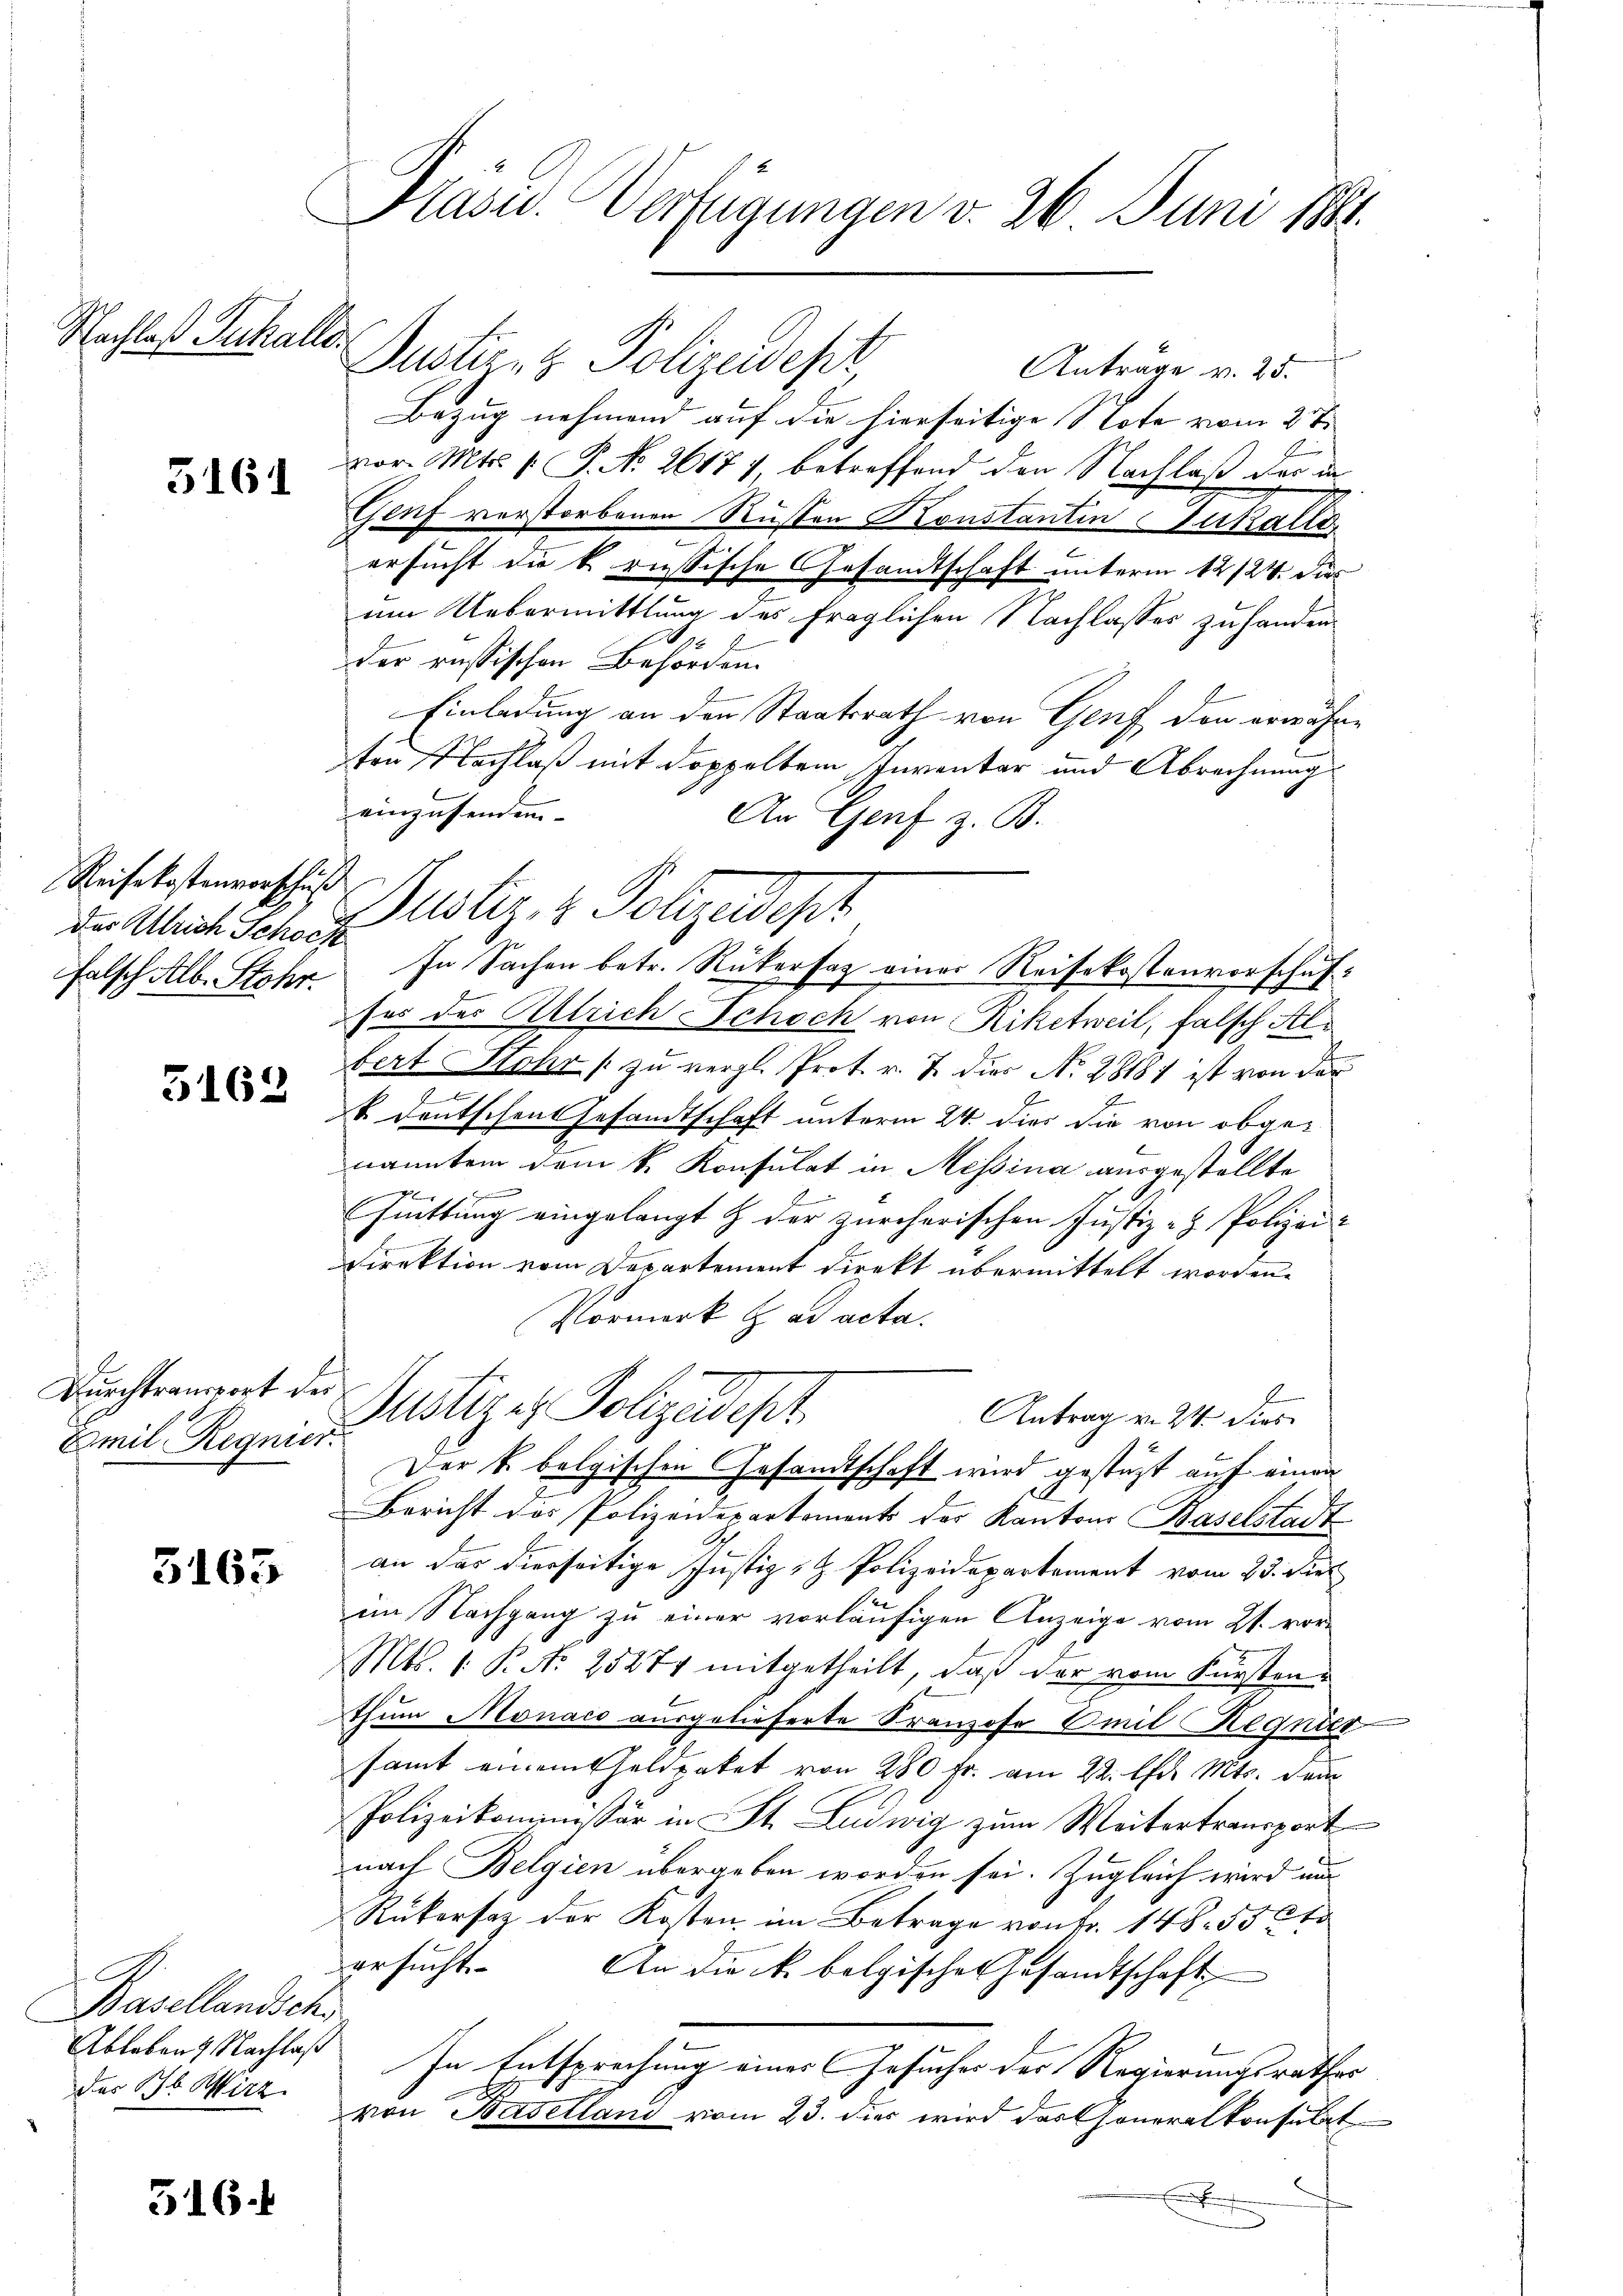
Nachlaß Juchalle

5161

Reisekostenvorschuß
Das Ulrich Schock
falsch Alb. Stehr.

3163

Durchtransport der
Emil Regnier.

3165

Basellandsch
Ableben. Nachlaß
des Jb. Wirz

516.

Präsid. Verfügungen v. 26. Juni 181.

Oustern Polizeidepr
Bezug nehmend auf die hierseitige Note vom 2ten
por. Mts. 1. P. No. 26177, betreffend den Nachlaß der in
Genf verstorbenen Rüsten Konstantin Zufalls
ersucht die k. russische Gesandtschaft unterm 12/24. dies
um Uebermittlung des fraglichen Nachlasses zuhanden.
x
der russischen Behörden.
Einladung an den Staatsrath von Genf den erwähne
ten Nachlaß mit doppeltem Inventar und Abrechnung
einzusenden.
An Genf z. B.
ses des Alleich Schoch von Riketweil, falsch Albert Stehr zu vergl. Prot. v. 7. dies No 28181 ist von der
k. Deutschen Gesandtschaft unterm 24. dies die von obgenannten dem k. Konsulat in Messina ausgestellte
f
huittung eingelangt & der zürcherischen Justiz- & Polizei-
Direktion vom Departement direkt übermittelt worden.
Vormerk t ad acta.
Justizes Polizeidept.
Antrag v. 24. dies
Der k. belgischen Gesamtschaft wird gestützt auf einen
Bericht das Polizeidepartements der Kantons Baselstadt
an das dierseitige Justiz- & Polizeidepartement vom 23. dies
im Nachgang zu einer vorläufigen Anzeige vom 21. vor¬
Mts. 1. P. Nr. 25271 mitgetheilt, daß der vom Fürsten¬
2
thum Monaco ausgelieferte Kranzose Omit Regnier
samt einem Geldpaket von 280 Fr. am 22. Oftr. Mts. dam
Polizeikommissär in St. Ludwig zum Weitertransport
nach Belgien übergeben worden sei. Zugleich wird und
Rükersaz der Kosten im Betrage von Fr. 148. 550
ersucht
An die k. belgischen Gesandtschaft
In Entsprechung eines Gesuches des Regierungsrathes
von Baselland vom 23. dies wird das Generalkonsulat
.

Bustiz & Polizedepr
In Sachen betr. Rükersaz einer Reisekostenvorschuf¬

Anträge v. 25.